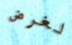
لغرض